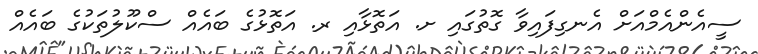
ސީއެންއެމްއަށް އެނގިފައިވާ ގޮތުގައި ށ. އަތޮޅާއި ރ. އަތޮޅުގެ ބައެއް ސްކޫލުތަކުގެ ބައެއް